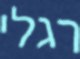
רגלי